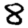
Digit: 8